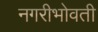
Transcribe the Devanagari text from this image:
नगरीभोवती